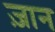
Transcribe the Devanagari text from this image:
ज़ान